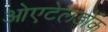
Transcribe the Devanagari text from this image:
ओएटेलडोंक